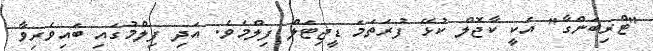
"ޓްރިބަންގާ" އަކީ ކާޖޮލް ކުޅޭ ފުރަތަމަ ޑީޖިޓަލް ފިލްމެވެ. އަދި ފިލްމުގައި ބައިވެރިވާ